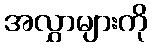
အလွှာများကို